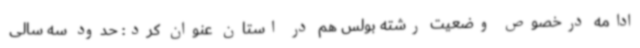
ادامه درخصوص وضعیت رشته بولس هم در استان عنوان کرد: حدود سه سالی